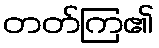
တတ်ကြ၏